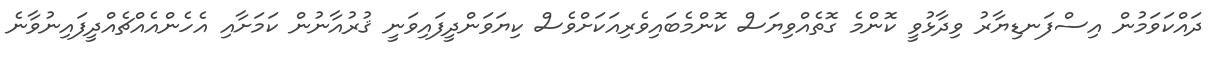
ދައްކަވަމުން އިސްފަނޑިޔާރު ވިދާޅުވީ ކޮންމެ ގޮތެއްވިޔަސް ކޮންމެބައިވެރިއަކަށްވެސް ކިޔަވަންދީފައިވަނީ ޤުރުއާނުން ކަމަށާއި އެހެންއެއްޗެއްދީފައިނުވާނެ